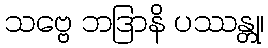
သဗ္ဗေ ဘဒြာနိ ပဿန္တု၊